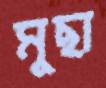
মুছা